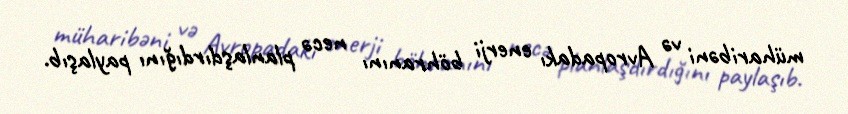
müharibəni və Avropadakı enerji böhranını necə planlaşdırdığını paylaşıb.